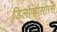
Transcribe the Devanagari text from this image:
डिलोफोसोरस